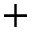
^ { + }